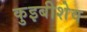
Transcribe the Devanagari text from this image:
कुइबीशेव